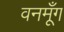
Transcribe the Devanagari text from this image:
वनमूँग